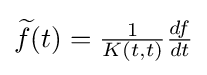
{\textstyle {\widetilde {f}}(t)={1 \over {K(t,t)}}{df \over {dt}}}